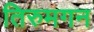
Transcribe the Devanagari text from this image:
तिरुमगन